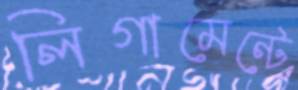
লিগামেন্টে